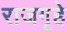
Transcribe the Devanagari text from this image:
राजगृहे